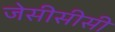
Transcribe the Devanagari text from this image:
जेसीसीसी